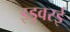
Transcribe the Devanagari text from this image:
इडुवरई